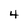
Character: 4